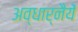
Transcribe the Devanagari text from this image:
अव्धार्नैयें